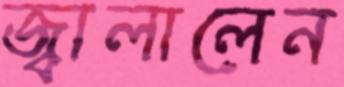
জ্বালালেন